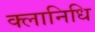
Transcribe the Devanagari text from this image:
क्लानिधि